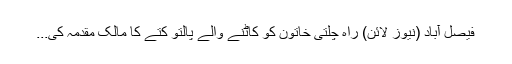
فیصل آباد (نیوز لائن) راہ چلتی خاتون کو کاٹنے والے پالتو کتے کا مالک مقدمہ کی...